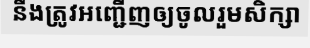
នឹងត្រូវអញ្ជើញឲ្យចូលរួមសិក្សា